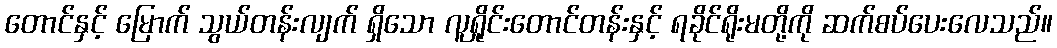
တောင်နှင့် မြောက် သွယ်တန်းလျက် ရှိသော လူရှိုင်းတောင်တန်းနှင့် ရခိုင်ရိုးမတို့ကို ဆက်စပ်ပေးလေသည်။